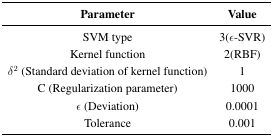
<table><thead><tr><td><b>Parameter</b></td><td><b>Value</b></td></tr></thead><tbody><tr><td>SVM type</td><td>3(<i>ε</i>-SVR)</td></tr><tr><td>Kernel function</td><td>2(RBF)</td></tr><tr><td><i>δ</i><sup>2</sup> (Standard deviation of kernel function)</td><td>1</td></tr><tr><td>C (Regularization parameter)</td><td>1000</td></tr><tr><td><i>ε</i> (Deviation)</td><td>0.0001</td></tr><tr><td>Tolerance</td><td>0.001</td></tr></tbody></table>